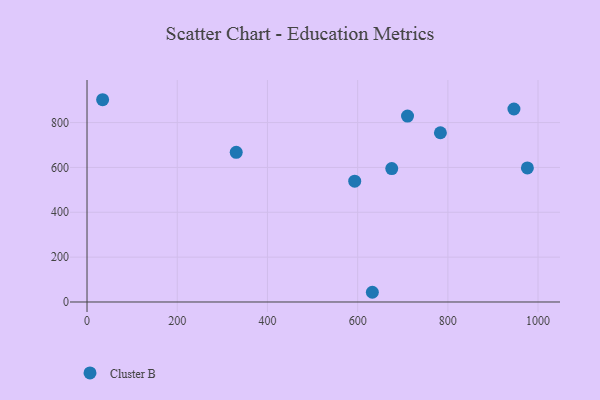
{"axis": {"x": "Experience", "y": "Yield"}, "legend": ["Cluster B"], "data": [{"x": "675.6", "y": 594.7, "type": "Cluster B"}, {"x": "330.8", "y": 667.4, "type": "Cluster B"}, {"x": "976.3", "y": 597.7, "type": "Cluster B"}, {"x": "710.6", "y": 828.8, "type": "Cluster B"}, {"x": "593.5", "y": 538.7, "type": "Cluster B"}, {"x": "632.6", "y": 43.3, "type": "Cluster B"}, {"x": "783.5", "y": 754.6, "type": "Cluster B"}, {"x": "34.6", "y": 901.9, "type": "Cluster B"}, {"x": "946.5", "y": 860.5, "type": "Cluster B"}]}